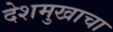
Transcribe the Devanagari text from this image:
देशमुखाचा